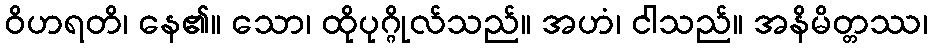
ဝိဟရတိ၊ နေ၏။ သော၊ ထိုပုဂ္ဂိုလ်သည်။ အဟံ၊ ငါသည်။ အနိမိတ္တဿ၊